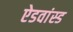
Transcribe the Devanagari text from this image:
ऐडवांस्ड